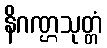
နိဂဏ္ဌသုတ္တံ